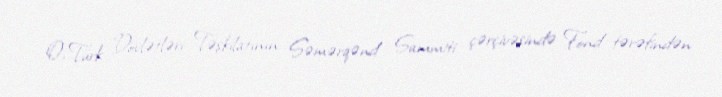
O, Türk Dövlətləri Təşkilatının Səmərqənd Sammiti çərçivəsində Fond tərəfindən